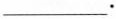
___.